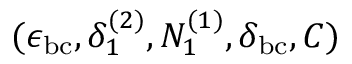
( \epsilon _ { \mathrm { b c } } , \delta _ { 1 } ^ { ( 2 ) } , N _ { 1 } ^ { ( 1 ) } , \delta _ { \mathrm { b c } } , C )